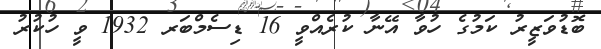
ބޮޑުވަޒީރު ކަމުގެ ހުވާ އޭނާ ކުރެއްވީ 16 ޑިސެމްބަރ 1932 ވީ ހުކުރު